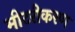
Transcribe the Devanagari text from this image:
मीटरीकरण